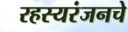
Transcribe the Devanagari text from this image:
रहस्यरंजनचे